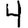
Digit: 4